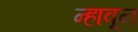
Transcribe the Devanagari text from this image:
न्हावून